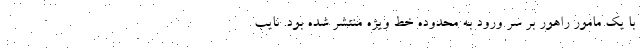
با یک مامور راهور بر سر ورود به محدوده خط ویژه منتشر شده بود. نایب